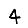
Digit: 4